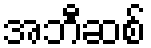
အဘီဆစ်